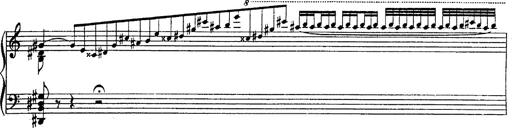
Title: Fantasie Ã¼ber Themen aus Mozarts Figaro und Don Giovanni
Composer: Franz Liszt